Annual report on the Civil Veterinary Department, Burma (including the Insein Veterinary School) - 1923-1931
Year: 1923
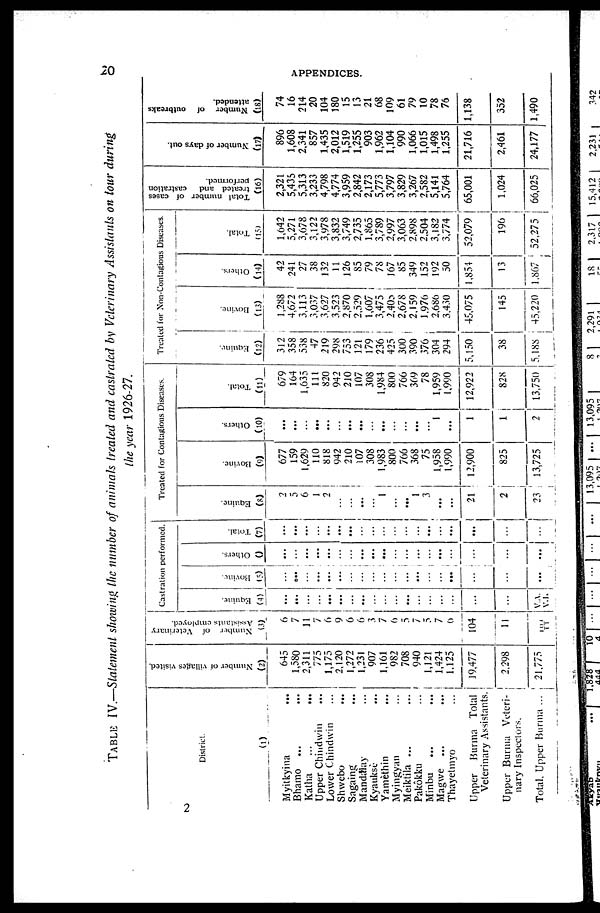
20
APPENDICES.
TABLE IV.—Statement showing the number of animals treated and castrated by Veterinary Assistants on tour during
the year 1926-27.
District.
(1)
Myitkyina
...
Bhamo ...
Katha
...
Upper Chindwin
...
Lower Chindwin ...
Shwebo ...
Sagaing ...
Mandalay ...
Kyauksè ...
Yamèthin ...
Myingyan ...
Meiktila ... ...
Pakôkku ...
Minbu ... ...
Magwe ... ...
Thayetmyo
...
Upper Burma Total
Veterinary Assistants.
Upper Burma Veteri-
nary Inspectors.
Total, Upper Burma ...
Number of villages visited.
(2)
645
1,580
2,311
775
1,175
2,120
1,272
1,231
907
1,161
982
708
940
1,121
1,424
1,125
19,477
2,298
21,775
Number of Veterinary
Assistants employed.
(3)
6
7
11
7
6
9
6
6
3
7
6
5
7
5
7
6
104
11
104/ 11
Castration performed.
Equine.
(4)
...
...
...
...
...
...
...
...
...
...
...
...
...
...
...
...
...
...
V.A.
V.I.
Bovine.
(5)
...
...
...
...
...
...
...
...
...
...
...
...
...
...
...
...
...
...
...
Others.
()
...
...
...
...
...
...
...
...
...
...
...
...
...
...
...
...
...
...
...
Total.
(7)
...
...
...
...
...
...
...
...
...
...
...
...
...
...
...
...
...
...
...
Treated for Contagious Diseases.
Equine.
(8)
2
5
6
1
2
...
...
...
...
1
...
...
1
3
...
...
21
2
23
Bovine.
(9)
677
159
1,629
110
818
942
210
107
308
1,983
800
766
368
75
1,958
1,990
12,900
825
13,725
Others.
(10)
...
...
...
...
...
...
...
...
...
...
...
...
...
...
1
...
1
1
2
Total.
(11)
679
164
1,635
111
820
942
210
107
308
1,984
800
766
369
78
1,959
1,990
12,922
828
13,750
Treated for Non-Contagious Diseases.
Equine.
(12)
312
358
538
47
219
298
753
121
179
236
425
300
390
376
304
294
5,150
38
5,188
Bovine.
(13)
1,288
4,672
3,113
3,037
3,627
3,523
2,870
2,529
1,607
3,475
2,405
2,678
2,159
1,976
2,686
3,430
45,075
145
45,220
Others.
(14)
42
241
27
38
132
11
126
85
79
78
167
85
349
152
192
50
1,854
13
1,867
Total.
(15)
1,642
5,271
3,678
3,122
3,978
3,832
3,749
2,735
1,865
3,789
2,997
3,063
2,898
2,504
3,182
3,774
52,079
196
52,275
Total number of cases
treated and castration
performed.
(16)
2,321
5,435
5,313
3,233
4,798
4,774
3,959
2,842
2,173
5,773
3,797
3,829
3,267
2,582
5,141
5,764
65,001
1,024
66,025
Number of days out.
(17)
896
1,608
2,341
857
1,435
2,012
1,519
1,255
903
1,962
1,104
990
1,066
1,015
1,498
1,255
21,716
2,461
24,177
Number of outbreaks
attended.
(18)
74
16
214
20
104
180
15
13
21
68
109
61
79
10
78
76
1,138
352
1,490
2